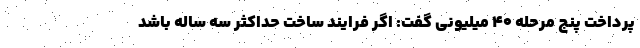
پرداخت پنج مرحله ۴۰ میلیونی گفت: اگر فرایند ساخت حداکثر سه ساله باشد